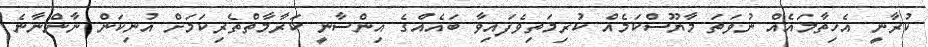
ކުރާނީ އެހިތާމައެއް ނުވަތަ މާޔޫސްކަމެއް ކުރިމަތިވެފައިވާ ބައެއްގެ އިންސާނީ ކަރާމާތްތެރިކަމަށް އުނިކަން ނާންނާނެ